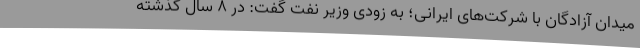
میدان آزادگان با شرکت‌های ایرانی؛ به زودی وزیر نفت گفت: در ۸ سال گذشته